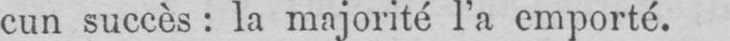
cun succès: la majorité l’a emporté.